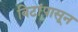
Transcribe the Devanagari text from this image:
विटांपासून